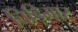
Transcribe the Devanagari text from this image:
चिड़िमार